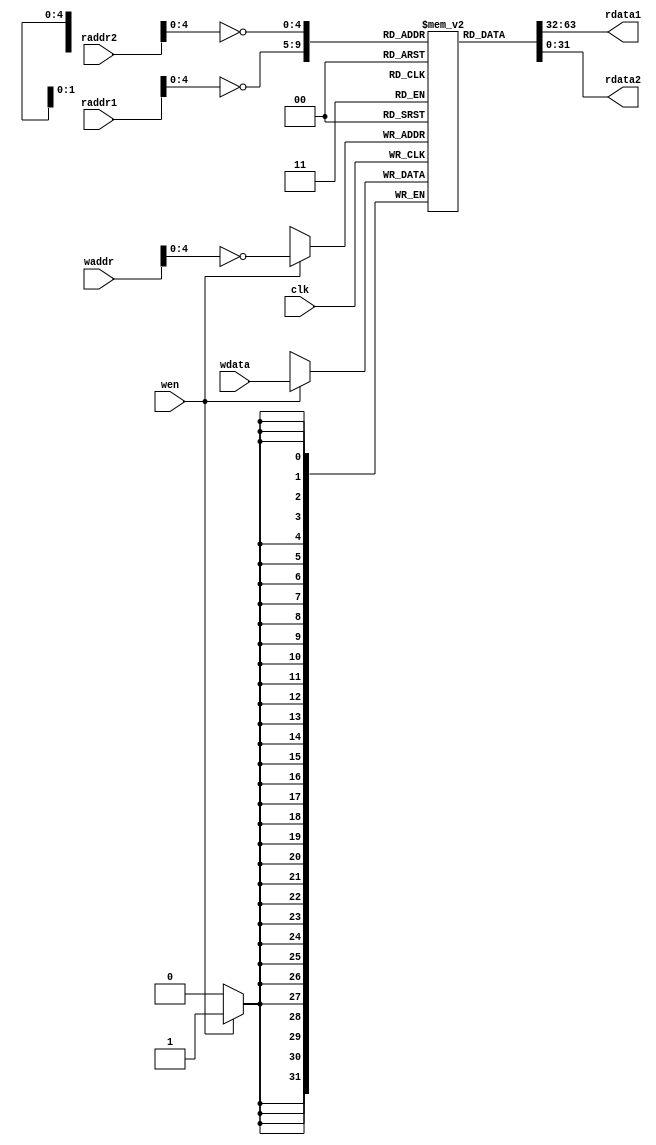
// This is a simple example implementation of PICORV32_REGS.
// Use the PICORV32_REGS mechanism if you want to use custom
// memory resources to implement the processor register file.
// Note that your implementation must match the requirements of
// the PicoRV32 configuration. (e.g. QREGS, etc)
module picorv32_regs (
	input clk, wen,
	input [5:0] waddr,
	input [5:0] raddr1,
	input [5:0] raddr2,
	input [31:0] wdata,
	output [31:0] rdata1,
	output [31:0] rdata2
);
	reg [31:0] regs [0:30];

	always @(posedge clk)
		if (wen) regs[~waddr[4:0]] <= wdata;

	assign rdata1 = regs[~raddr1[4:0]];
	assign rdata2 = regs[~raddr2[4:0]];
endmodule